Annual statistical returns and brief notes on vaccination in Bengal - 1887-1898
Year: 1887
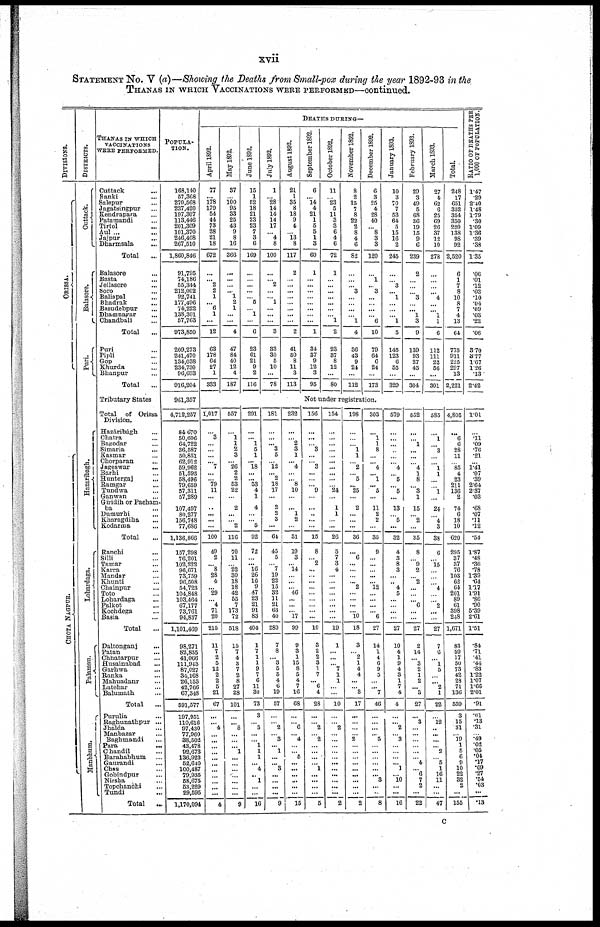
xvii
STATEMENT No. V (a)—Showing the Deaths from Small-pox during the year 1892-93 in the
THANAS IN WHICH VACCINATIONS WERE PERFORMED—continued.
DIVISIONS.
ORI SSA.
CHOT A NAGP UR.
DISTRICTS.
Cuttack.
Balasore.
Puri.
Hazaribagh.
Lobardaga.
Palamau.
Manbhum.
THANAS IN WHICH
VACCINATIONS
WERE PERFORMED.
Cuttack ...
Banki ...
Salepur ...
Jagatsingpur ...
Kendrapara ...
Patamandi ...
Tirtol ...
Aul ...
Jaipur ...
Dharmsala ...
Total ...
Balasore ...
Basta ...
Jellasore ...
Soro ...
Baliapal ...
Bhadrak ...
Basudebpur ...
Dhamnagar ...
Chandbali ...
Total ...
Puri ...
Pipli ...
Gop ...
Khurda ...
Bhanpur ...
Total ...
Tributary States
Total of Orissa
Division.
Hazáribágh ...
Chatra ...
Banodar ...
Simaria
...
Kasmar ...
Chorparan ...
Jageswar ...
Barhi ...
Huntergaj ...
Ramgar ...
Tundwa ...
Ganwan ...
Giridih or Pacham¬
ba
Dumurhi ...
Kharagdiha ...
Kodarma ...
Total ...
Ranchi
...
Silli ...
Tamar ...
Karra ...
Mandar ...
Khunti ...
Chainpur ...
Toto ...
Lohardaga ...
Palkot ...
Kochdega ...
Basia ...
Total ...
Daltonganj ...
Patan ...
Chhatarpur ...
Husainabad ...
Garhwa ...
Ranka ...
Mahuadanr ...
Latehar ...
Balumath ...
Total ...
Purulia ...
Raghunathpur ...
Jhalda ...
Manbazar ...
Baghmandi ...
Para
...
Chandil ...
Barahabhum ...
Gaurandi ...
Chas ...
Gobindpur ...
Nirsha ...
Topchanchi ...
Tundi ...
Total
...
POPULA¬
TION.
168,140
57,368
270,568
237,420
197,307
113,446
201,309
101,370
246,408
267,510
1,860,846
91,795
74,186
55,344
212,002
92,741
177,496
74,222
138,301
57,763
973,850
209,273
241,470
134,038
234,730
96,693
916,204
961,357
4,712,257
84,670
50,606
64,722
36,587
50,851
62,912
59,962
51,593
58,496
79,659
57,311
57,289
107,497
80,277
156,748
77,686
1,136,866
157,298
76,201
102,222
96,671
73,759
96,508
54,723
104,848
103,464
67,177
73,761
94,837
1,101,469
98,271
82,835
41,066
111,943
87,027
34,168
26,153
42,766
67,348
591,577
197,951
110,616
97,430
77,960
38,502
43,478
92,673
136,923
52,640
100,487
79,935
58,675
53,229
29,595
1,170,094
DEATHS DURING—
April 1892.
77
...
178
179
54
44
73
28
21
18
672
...
... 2
2
1
... 6
1
...
12
63
178
64
27
1
333
1,017
...
3
...
...
...
... 7
...
... 79
11
...
...
...
...
...
100
49
2
... 8
28
4
... 29
... 4
71
20
215
11
7
2
5
12
2
2
5
21
67
...
... 4
...
...
...
... ...
...
...
...
...
...
...
4
May 1892.
37
...
100 95
33
25
43
9
8
16
366
...
...
...
... 1
2
1
...
...
4
47
84
40
12
4
187
557
...
1
1
2
3
... 26
2
2
53
22
...
2
...
... 2
116
70
11
... 22
30
18
18
42
55
7
173
72
518
15
7
4
8
7
2
8
27
28
101
...
... 8
...
... ... 1
...
...
...
... ...
...
...
9
June 1892.
15
1
52
18
21
23
23
7
3
6
169
...
...
...
...
... 5
... 1
...
6
23
61
21
9
2
116
291
...
... 1
5
1
... 18
...
... 53
4
1
4
...
... 5
92
72
...
... 16
26
16
9
47
23
21
91
83
404
1
7
1
1
9
7
6
11
30
73
3
... 5
...
... 1
1
1
... 4
...
1
...
...
16
July 1893.
1
... 28
14
14
14
17
... 4
8
100
...
... 2
...
... 1
...
...
...
3
33
30
5
10
...
78
181
...
...
... 3
6
... 12
... 2
18
17
...
2
2
3
...
61
45
5
... 7
19
22
15
32
11
21
63
40
280
7
8
... 3
5
6
4
6
19 57
...
... 2
... 3
... 1
...
... 3
...
...
...
...
9
August 1892.
21
1
35
8
18
9
4
... 13
8
117
2
...
...
...
...
...
...
...
...
2
41
50
8
11
3
113
232
...
... 2
3
1
... 4
...
... 8
10
...
...
1
2
...
31
19
3
... 14
...
...
... 46
...
...
... 17
99
9
3
1
15
8
5
4
7
16
68
...
... 6
... 4
... ... 5
...
...
... ...
...
...
15
September 1892.
6
... 14
4
21
1
5
5
1
3
60
1
...
...
...
...
...
...
...
...
1
34
37
9
12
3
95
October 1892.
11
... 23
5
11
3
3
6
4
6
72
1
...
...
...
...
...
...
... 1
2
23
37
8
12
...
80
November 1892.
8
2
15
7
8
22
2
8
4
6
82
...
...
... 3
...
...
...
... 1
4
36
43
9
24
...
112
December 1892.
6
3
25
4
28
40
... 8
3
3
120
...
1
... 3
...
...
...
... 6
10
79
64
6
24
...
173
Not under registration.
156
...
...
... 3
...
... 3
...
...
... 9
...
...
...
...
...
15
8
... 2
...
...
...
...
...
...
...
...
...
10
3
2
2
3
1
7
... 6
4
28
...
... 2
... 2
...
...
...
... 1
...
...
...
...
6
154
...
...
...
...
...
...
...
...
...
... 24
...
1
1
...
...
26
5
7
3
4
...
...
...
...
...
...
...
...
19
1
...
...
... 7
1
1
...
...
10
...
... 2
... ...
... ...
...
...
...
...
...
...
...
2
198
...
...
... 1
1
... 2
... 5
... 25
...
2
...
...
...
36
...
6
...
...
...
... 2
...
...
...
... 10
18
3
... 2
1
4
4
...
... 3
17
...
...
... ...
2
... ...
... ...
...
...
...
...
...
2
303
...
1
1
8
...
... 4
... 1
... 5
...
11
2
2
...
35
9
...
...
...
...
... 12
...
...
...
... 6
27
14
1
4
6
9
5
...
... 7
46
...
...
...
... 6
... ...
... ...
...
... 3
...
...
8
January 1893.
10
3
70 7
53
64
5
15
16
2
245
...
... 3
... 1
...
...
... 1
5
145
123
6
55
...
329
579
...
...
...
...
...
... 4
... 5
... 5
...
13
... 5
...
32
4
3
8
3
...
... 4
5
...
...
...
...
27
10
4
1
9
4
3
1
7
4
4
...
... 2
... 3
...
...
... ... 1
... 10
...
...
16
February 1893.
29
3
49
5
68
36
19
15
9
6
239
2
...
...
... 3
...
... 1
3
9
139
93
27
45
...
304
552
...
... 1
...
...
... 4
1
8
... 3
1
15
... 2
...
35
8
... 9
2
... 2
...
...
... 6
...
...
27
2
14
... 3
2
1
2
... 3
27
...
3
...
...
...
... ...
... 4
... 6
7
2
...
22
March 1893.
27
4
62
6
25
69
26
37
12
10
278
...
...
...
... 4
...
... 1
1
6
112
111
22
56
...
301
585
...
1
... 3
... ... 1
1
...
... 1
...
24
... 4
3
38
6
... 15
...
...
... 4
...
... 2
...
...
27
7
6
... 1
5
...
... 2
1
22
...
12
...
...
...
... 2
... 5
1
16
11
...
...
47
Total.
248
17
651
352
354
350
220
138
98
92
2,520
6
1
7
8
10
8
7
4
13
64
775
911
225
297
13
2,221
4,805
...
6
6
28
11
... 85
4
23
211
136
2
74
6
18
10
620
295
37
37
76
103
62
64
201
89
61
398
248
1,671
83
59
17
50
73
42
28
71
136
559
3
15
31
... 19
1
5
6
9
10
22
32
2
...
155
RATIO OF DEATHS PER
1,000 OF POPULATION.
1.47
.29
2.40
1.48
1.79
.30
1.09
1.36
.39
.38
1.35
.06
.01
.12
.03
.10
.04
.09
.03
.22
.06
3.70
3.77
1.67
1.26
.13
2.42
1.01
...
.11
.09
.76
.21
...
1.41
.07
.39
2.64
2.37
.03
.68
.07
.11
.12
.54
1.87
.48
.36
.78
1.39
.64
1.17
1.91
.86
.90
5.39
2.61
1.51
.84
.71
.41
.44
.83
1.22
1.07
1.66
2.01
.91
.01
.13
.31
... .49
.02
.05
.04
.17
.09
.27
.54
.03
...
.13
C